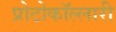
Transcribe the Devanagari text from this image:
प्रोटोकॉल्लारी